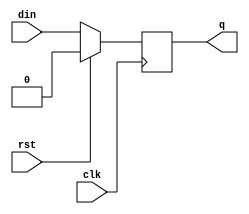
module dffr_ns_1 (din, clk, rst, q);
parameter SIZE = 1;
input	[SIZE-1:0]	din ;	
input			clk ;	
input			rst ;	
output	[SIZE-1:0]	q ;	
reg 	[SIZE-1:0]	q ;
always @ (posedge clk)
  q[SIZE-1:0] <= rst ? {SIZE{1'b0}} : din[SIZE-1:0];
endmodule